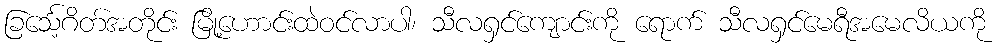
ခြင်္သေ့ဂိတ်အတိုင်း မြို့ဟောင်းထဲဝင်လာပါ၊ သီလရှင်ကျောင်းကို ရောက် သီလရှင်မေရီအမေလိယကို